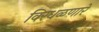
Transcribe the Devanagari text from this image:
विरधळणारे